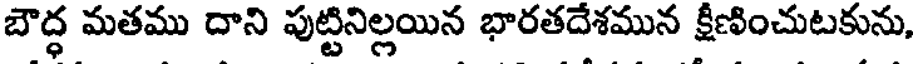
బౌద్ధ మతము దాని పుట్టినిల్లయిన భారతదేశమున క్షీణించుటకును,